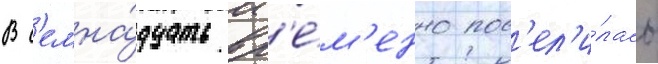
В с'емна́дцать вр'е́м'енно пос'ел'и́лась